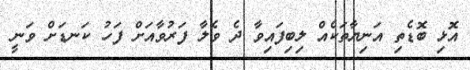
އޮޅި ބޮޑެތި އަނިޔާތަކެއް ލިބިފައިވާ ދެ ވެލާ ފަރުވާއަށް ފަހު ކަނޑަށް ވަނީ